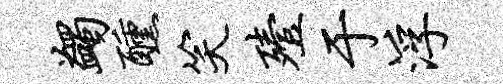
蠲醺笑殪于浮